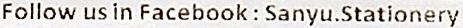
FOLLOW US IN FACEBOOK : SANYU.STATIONERY